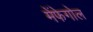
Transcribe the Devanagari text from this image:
मेंफेगोल